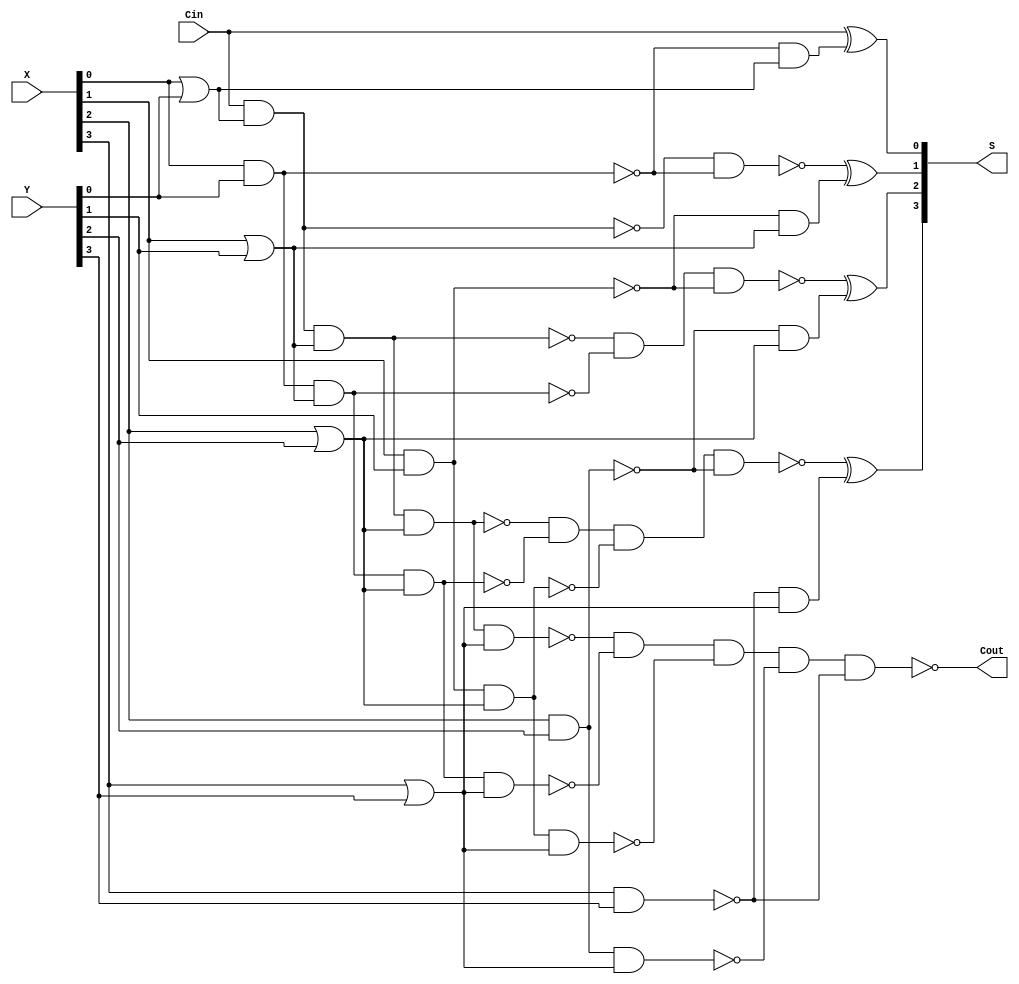
`timescale 1ns / 1ps
module CLA_4(X,Y,Cin,S,Cout);
    input [3:0]X,Y;
    input Cin;
    output [3:0]S;
    output Cout;
    or j0(J0,X[0],Y[0]);
    or j1(J1,X[1],Y[1]);
    or j2(J2,X[2],Y[2]);
    or j3(J3,X[3],Y[3]);
    and i0(I0,X[0],Y[0]);
    and i1(I1,X[1],Y[1]);
    and i2(I2,X[2],Y[2]);
    and i3(I3,X[3],Y[3]);
    not u0(U0,I0);
    not u1(U1,I1);
    not u2(U2,I2);
    not u3(U3,I3);
    and i4(I4,U0,J0);
    and i5(I5,U1,J1);
    and i6(I6,U2,J2);
    and i7(I7,U3,J3);
    nand v0(V0,Cin,J0);
    nand v1(V1,Cin,J0,J1);
    nand v2(V2,I0,J1);
    nand v3(V3,Cin,J0,J1,J2);
    nand v4(V4,I0,J1,J2);
    nand v5(V5,I1,J2);
    nand v6(V6,Cin,J0,J1,J2,J3);
    nand v7(V7,I0,J1,J2,J3);
    nand v8(V8,I1,J2,J3);
    nand v9(V9,I2,J3);
    nand v10(V10,V0,U0);
    nand v11(V11,V1,V2,U1);
    nand v12(V12,V3,V4,V5,U2);
    nand v13(Cout,V6,V7,V8,V9,U3);
    xor m0(S[0],Cin,I4);
    xor m1(S[1],V10,I5);
    xor m2(S[2],V11,I6);
    xor m3(S[3],V12,I7);
endmodule